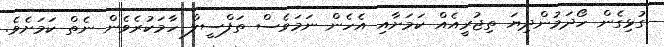
ގުޅިގެން ހޯދަމުންދިޔަ ތިޖުރީއެއް ކަމަށާއި އެހެން ނަމަވެސް ތަފްސީލް ހާމަކުރެވެން ނެތް ކަމަށެވެ.